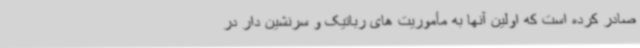
صادر کرده است که اولین آنها به مأموریت های رباتیک و سرنشین دار در